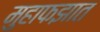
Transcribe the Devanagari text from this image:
मुहाफझात